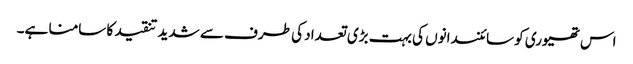
اس تھیوری کو سائنسدانوں کی بہت بڑی تعداد کی طرف سے شدید تنقید کا سامنا ہے۔